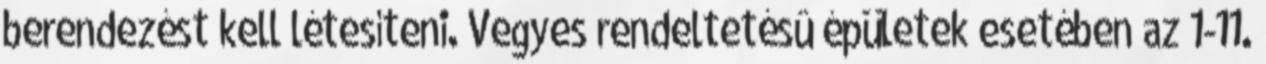
berendezést kell létesíteni. Vegyes rendeltetésû épületek esetében az 1-11.